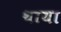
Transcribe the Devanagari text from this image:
थाया